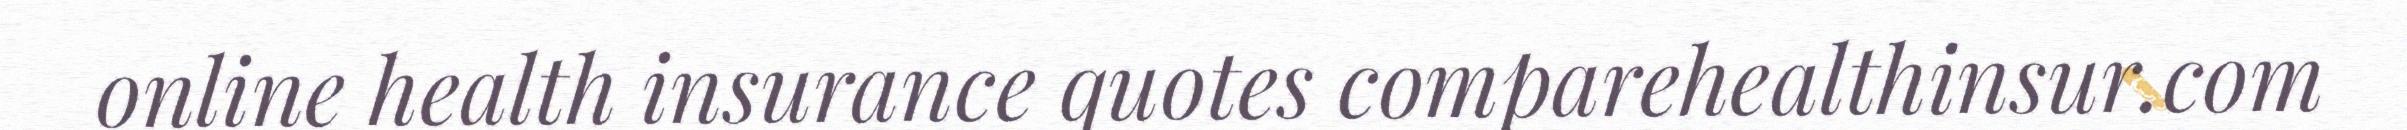
online health insurance quotes comparehealthinsur.com